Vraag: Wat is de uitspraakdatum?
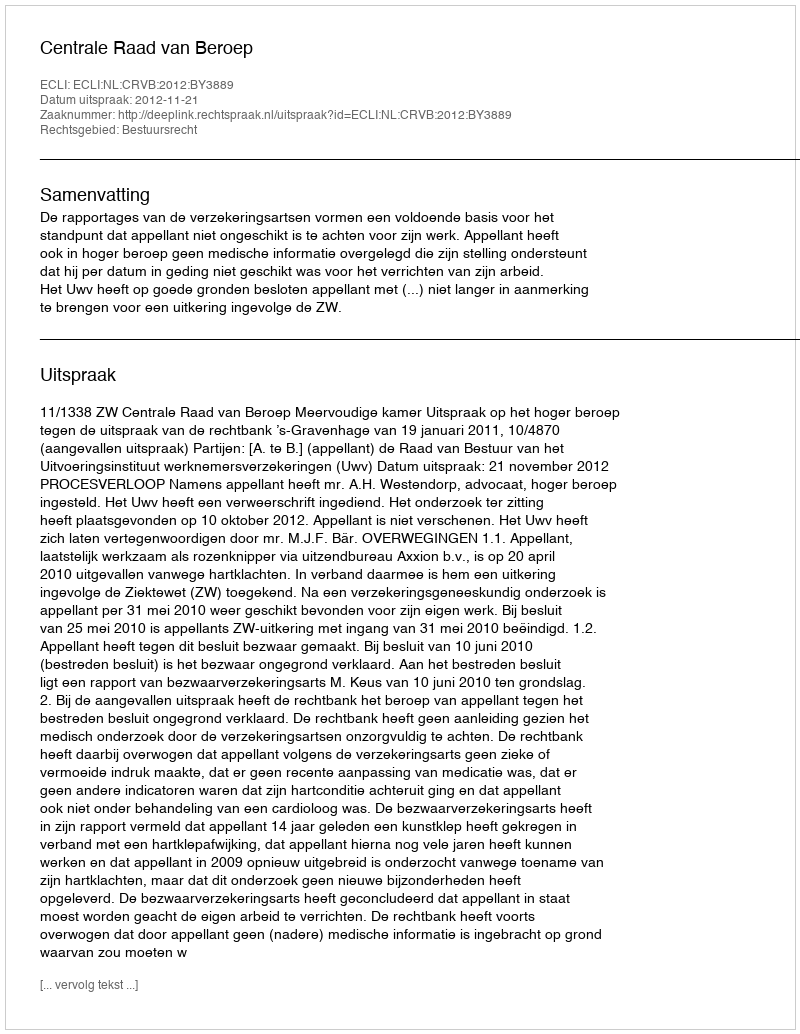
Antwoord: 2012-11-21